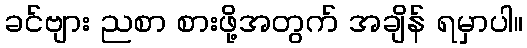
ခင်ဗျား ညစာ စားဖို့အတွက် အချိန် ရမှာပါ။